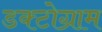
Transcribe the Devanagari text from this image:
डक्टोग्राम